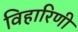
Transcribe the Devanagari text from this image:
विहारिणी